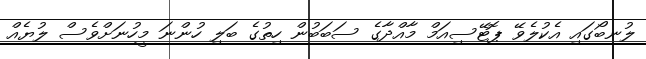
ލުނބޯގައި އެކުލެވޭ ޕޮޓޭސިއަމް މާއްދާގެ ސަބަބުން ހިތުގެ ބަލި ހުންނަ މީހުނަށްވެސް ލުޔެއް